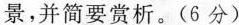
景，并简要赏析。（6分）